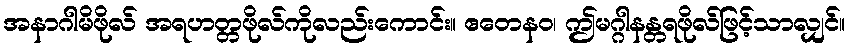
အနာဂါမိဖိုလ် အရဟတ္တဖိုလ်ကိုလည်းကောင်း။ ဧတေနဝ၊ ဤမဂ္ဂါနန္တရဖိုလ်ဖြင့်သာလျှင်။